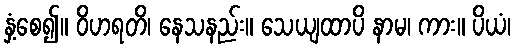
နှံ့စေ၍။ ဝိဟရတိ၊ နေသနည်း။ သေယျထာပိ နာမ၊ ကား။ ပိယံ၊